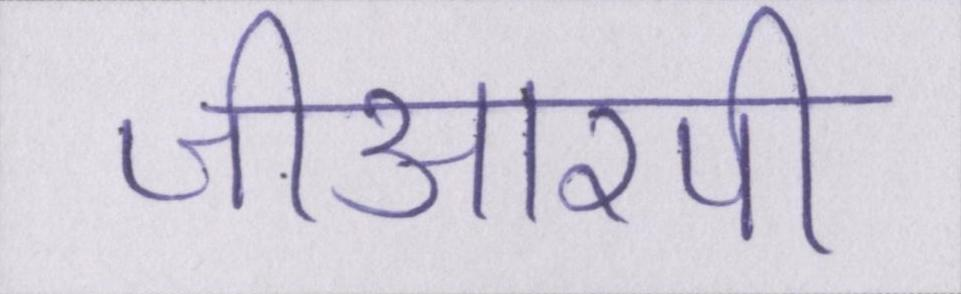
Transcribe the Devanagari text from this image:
जीआरपी